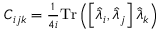
\begin{array} { r } { C _ { i j k } = \frac { 1 } { 4 i } \mathrm { T r } \left( \left[ \hat { \lambda } _ { i } , \hat { \lambda } _ { j } \right] \hat { \lambda } _ { k } \right) } \end{array}